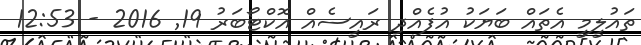
ތައުލީމީ އެތައް ބަޔަކު އުފެއްދި ރައީސެއް އޮކްޓޯބަރު 19